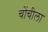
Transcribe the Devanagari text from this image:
चोंचीला